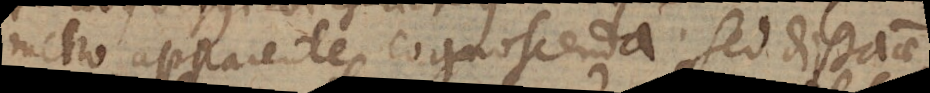
metro apparente cognoscenda. Sed distantiae